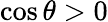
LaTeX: \cos\theta>0